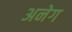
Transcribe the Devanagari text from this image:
अनेग